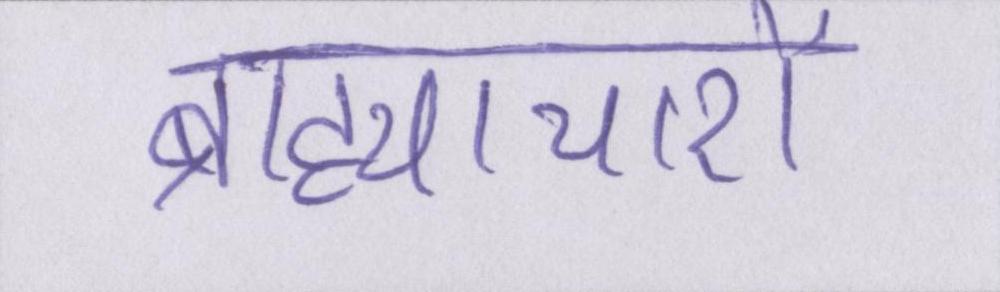
ब्राह्याचारों